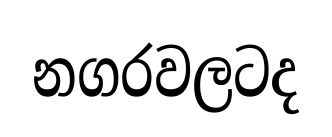
නගරවලටද